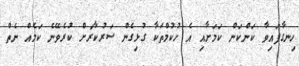
ހިނގާފައިވާ ކަންކަން ކަމަށާއި އެ ހުކުމްތަކާ ގުޅިގެން ސަރުކާރަށް ކުރެވޭނެ ކަމެއް ނެތް